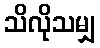
သိလိုသမျှ